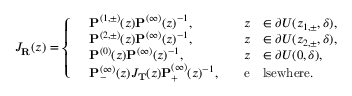
J _ { \mathbf { R } } ( z ) = \left\{ \begin{array} { r l r l } & { \mathbf { P } ^ { ( 1 , \pm ) } ( z ) \mathbf { P } ^ { ( \infty ) } ( z ) ^ { - 1 } , \quad } & { z } & { \in \partial U ( z _ { 1 , \pm } , \delta ) , } \\ & { \mathbf { P } ^ { ( 2 , \pm ) } ( z ) \mathbf { P } ^ { ( \infty ) } ( z ) ^ { - 1 } , \quad } & { z } & { \in \partial U ( z _ { 2 , \pm } , \delta ) , } \\ & { \mathbf { P } ^ { ( 0 ) } ( z ) \mathbf { P } ^ { ( \infty ) } ( z ) ^ { - 1 } , \quad } & { z } & { \in \partial U ( 0 , \delta ) , } \\ & { \mathbf { P } _ { - } ^ { ( \infty ) } ( z ) J _ { \mathbf { T } } ( z ) \mathbf { P } _ { + } ^ { ( \infty ) } ( z ) ^ { - 1 } , \quad } & { \mathrm { e } } & { \mathrm { l s e w h e r e } . } \end{array} \right.